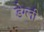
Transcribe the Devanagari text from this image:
डेग्ली